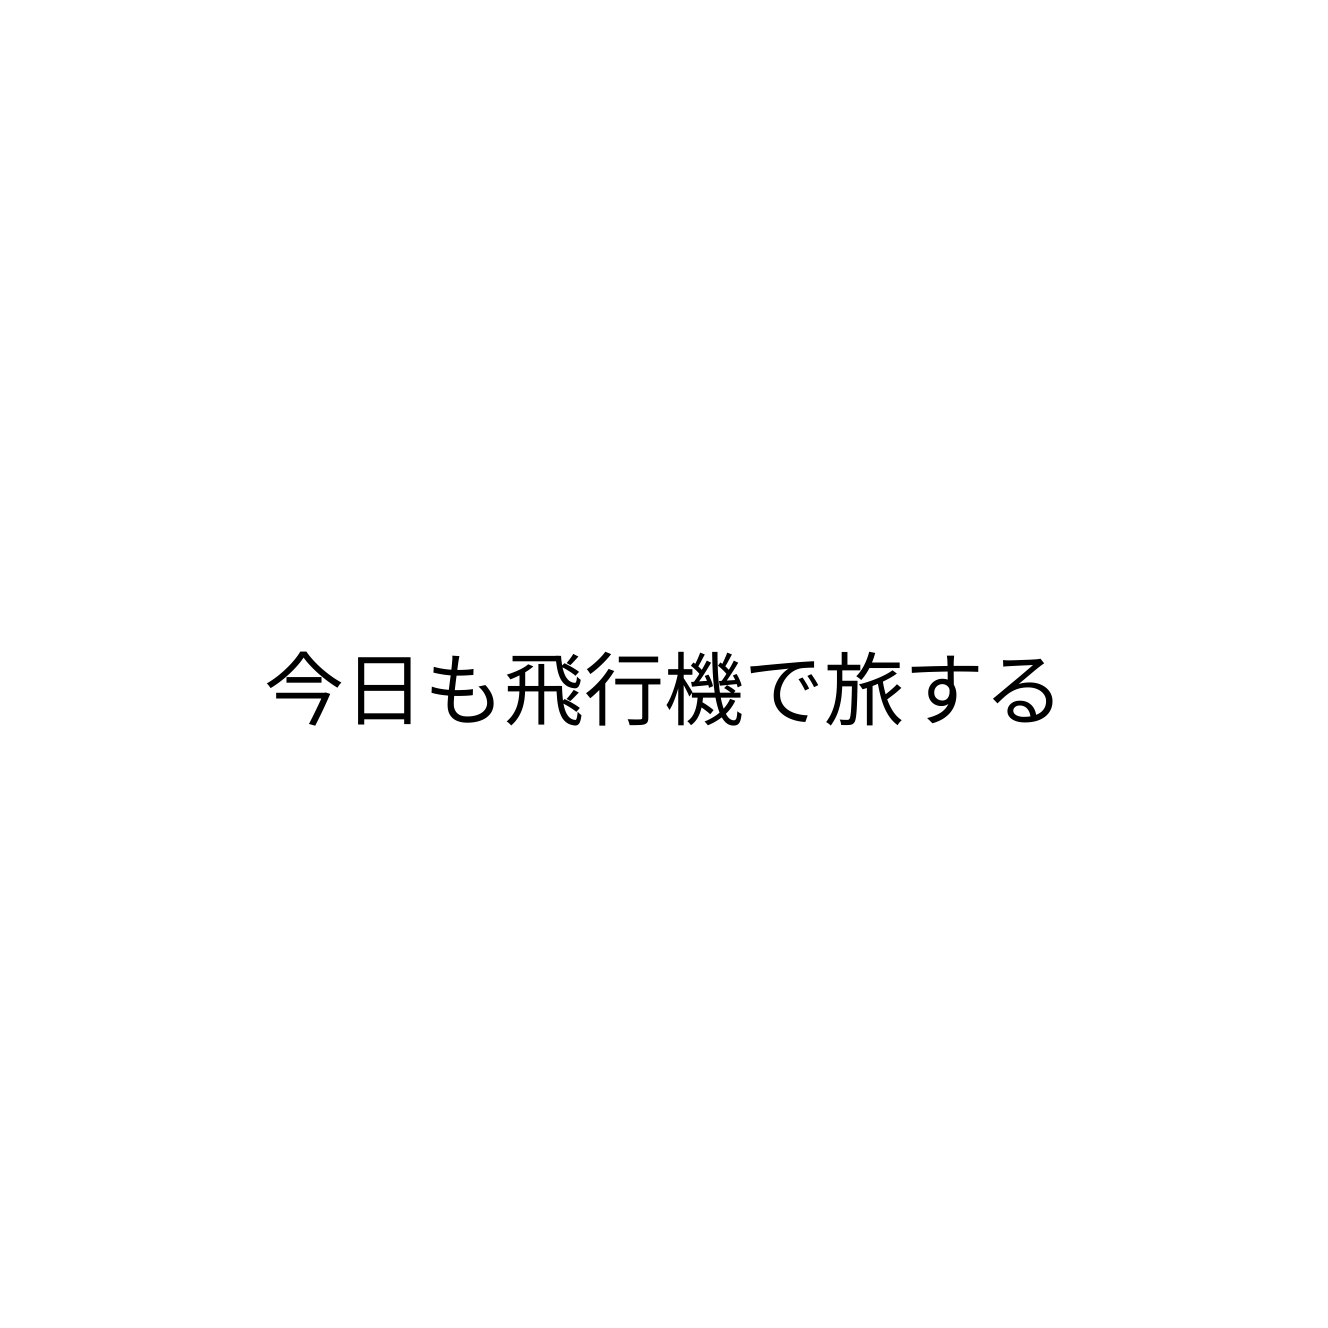
今日も飛行機で旅する